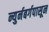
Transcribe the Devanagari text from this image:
न्युर्नबर्गपासून